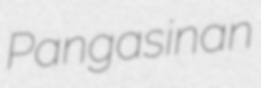
Pangasinan